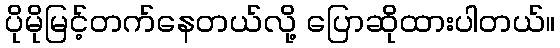
ပိုမိုမြင့်တက်နေတယ်လို့ ပြောဆိုထားပါတယ်။